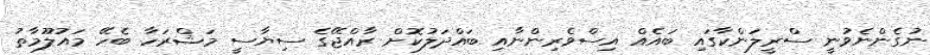
ނުގެންނެވުނީ ސްރީލަންކާގައި ބައެއް އިސްވެރިންނާއި ބައްދަލުކޮށް ރާއްޖޭގެ ސިޔާސީ މަޝްރަހާ ބެހޭ މައުލޫމާތު